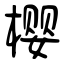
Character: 樱